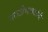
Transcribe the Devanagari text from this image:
मराठीभाषकांनी